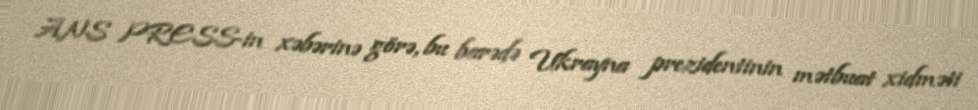
ANS PRESS-in xəbərinə görə, bu barədə Ukrayna prezidentinin mətbuat xidməti